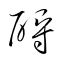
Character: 酹